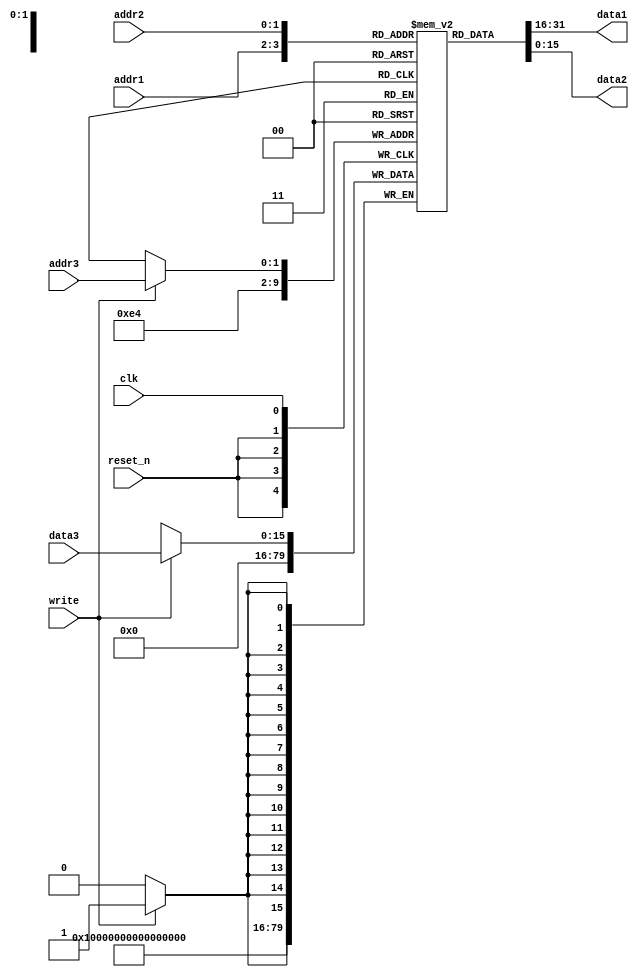
`define WORD_SIZE 16
`define NUM_REG 4
module RF(
  input write,
  input clk,
  input reset_n,
  input [1:0] addr1,
  input [1:0] addr2,
  input [1:0] addr3,
  output [`WORD_SIZE-1:0] data1,
  output [`WORD_SIZE-1:0] data2,
  input [`WORD_SIZE-1:0] data3
);

reg [`WORD_SIZE-1:0] regs[`NUM_REG-1:0];

//combinational read
assign data1 = regs[addr1];
assign data2 = regs[addr2];

always @(negedge reset_n) begin
  regs[0]<=0;
  regs[1]<=0;
  regs[2]<=0;
  regs[3]<=0;
end

always @(posedge clk) begin
  if(write==1) begin
    regs[addr3] <= data3;
  end
end

endmodule